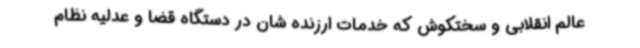
عالم انقلابی و سختکوش که خدمات ارزنده شان در دستگاه قضا و عدلیه نظام